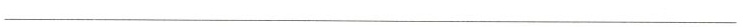
___